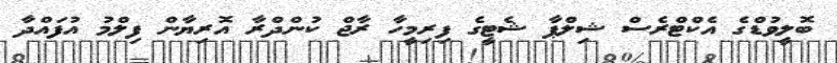
ބޮލީވުޑްގެ އެކްޓްރެސް ޝިލްޕާ ޝެޓީގެ ފިރިމީހާ ރާޖް ކުންދްރާ އޮރިޔާން ފިލްމު އުފައްދާ